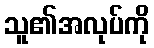
သူ၏အလုပ်ကို